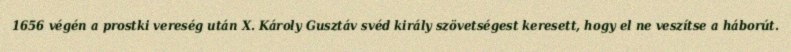
1656 végén a prostki vereség után X. Károly Gusztáv svéd király szövetségest keresett, hogy el ne veszítse a háborút.